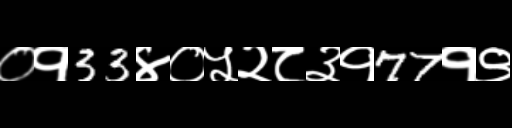
Text: ०१33४०५२८३१77१९